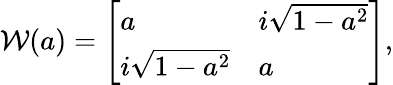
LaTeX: \mathcal{W}(a)=\left[\begin{array}{ll}{a}&{i\sqrt{1-a^{2}}}\\ {i\sqrt{1-a^{2}}}&{a}\end{array}\right],